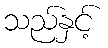
သည်နှင့်